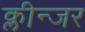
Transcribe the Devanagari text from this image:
क्लीन्जर